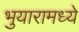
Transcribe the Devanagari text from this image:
भुयारामध्ये